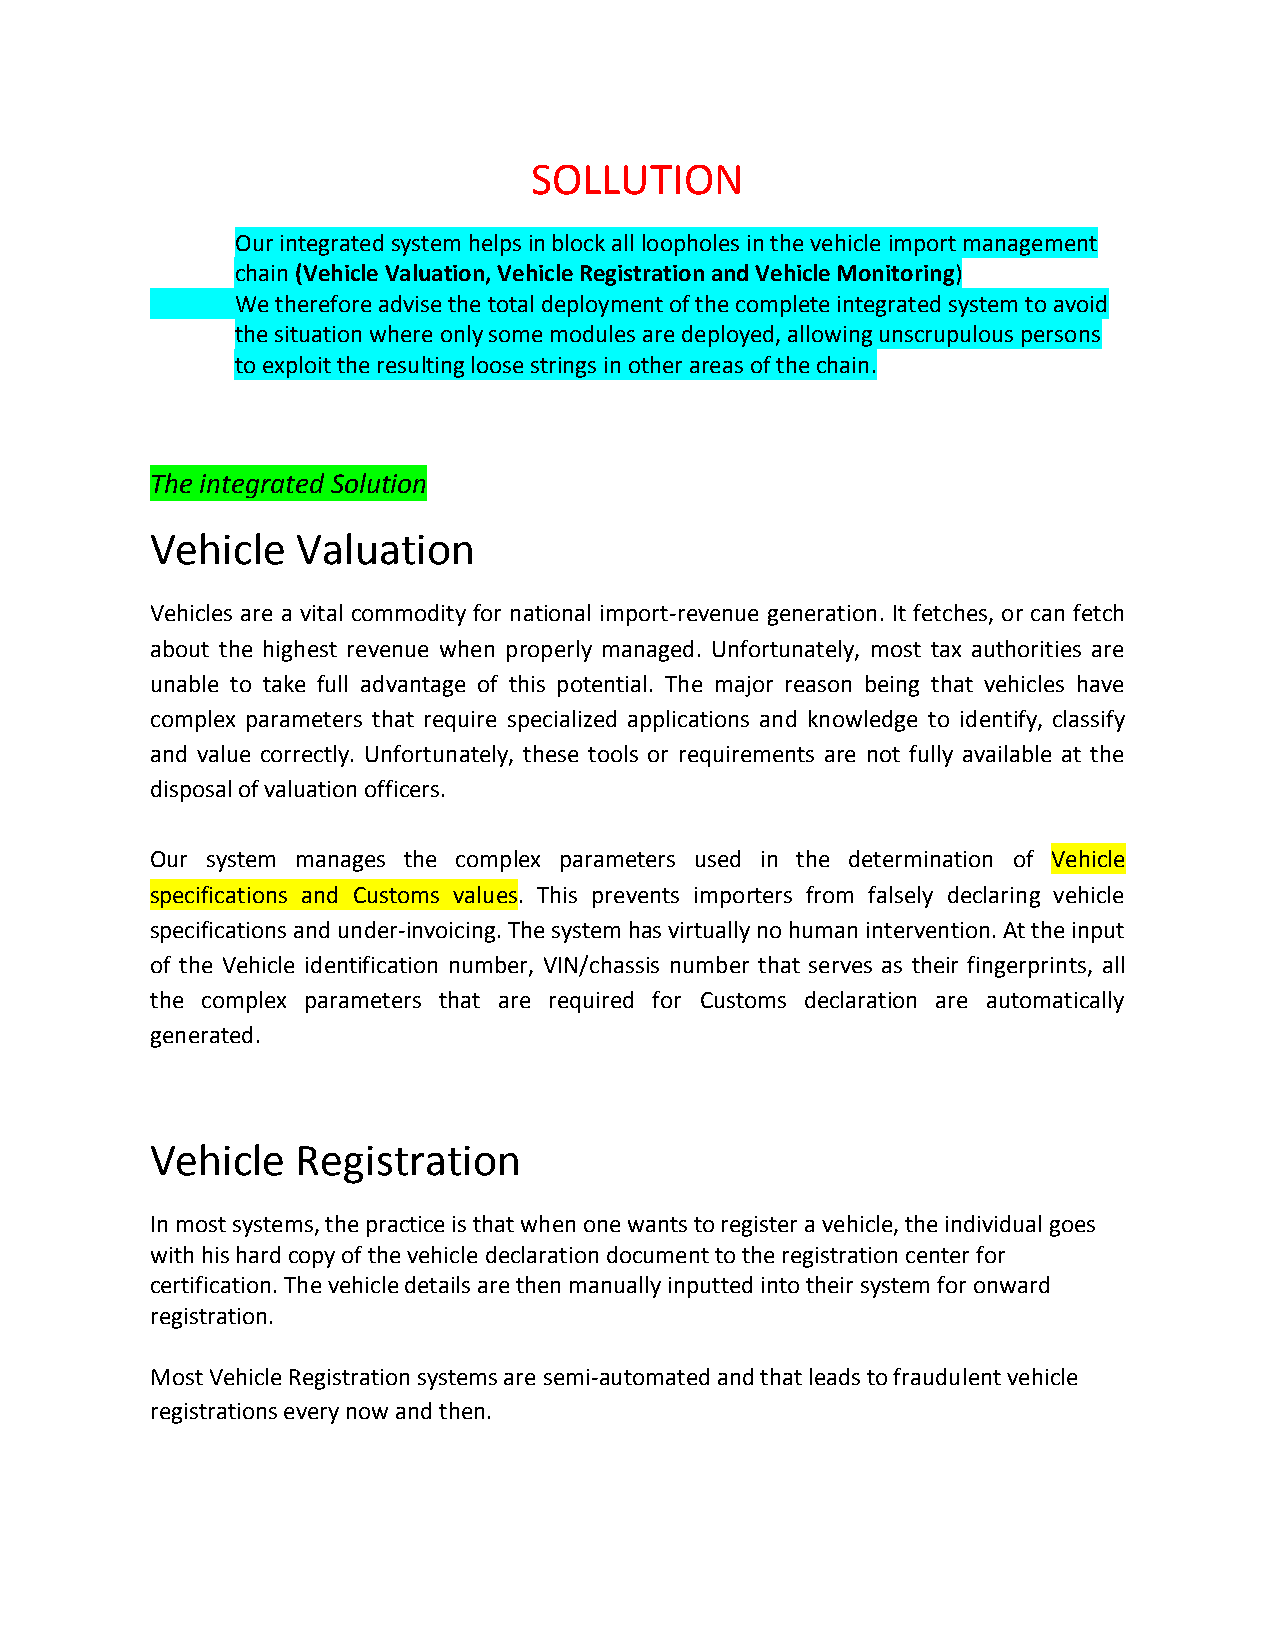
SOLLUTION
 Our integrated system helps in block all loopholes in the vehicle import management
 chain (Vehicle Valuation, Vehicle Registration and Vehicle Monitoring)
 We therefore advise the total deployment of the complete integrated system to avoid
 the situation where only some modules are deployed, allowing unscrupulous persons
 to exploit the resulting loose strings in other areas of the chain.
 The integrated Solution
 Vehicle   Valuation
 Vehicles are a vital commodity for national import-revenue generation. It fetches, or can fetch
 about the highest revenue when properly managed. Unfortunately, most tax authorities are
 unable to take full advantage of this potential. The major reason being that vehicles have
 complex parameters that require specialized applications and knowledge to identify, classify
 and value correctly. Unfortunately, these tools or requirements are not fully available at the
 disposal of valuation officers.
 Our system manages the complex parameters used in the determination of Vehicle
 specifications and Customs values. This prevents importers from falsely declaring vehicle
 specifications and under-invoicing. The system has virtually no human intervention. At the input
 of the Vehicle identification number, VIN/chassis number that serves as their fingerprints, all
 the complex parameters that are required for Customs declaration are automatically
 generated.
 Vehicle   Registration
 In most systems, the practice is that when one wants to register a vehicle, the individual goes
 with his hard copy of the vehicle declaration document to the registration center for
 certification. The vehicle details are then manually inputted into their system for onward
 registration.
 Most Vehicle Registration systems are semi-automated and that leads to fraudulent vehicle
 registrations every now and then.